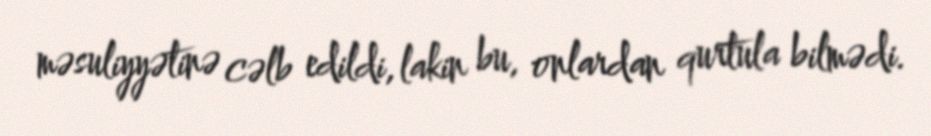
məsuliyyətinə cəlb edildi, lakin bu, onlardan qurtula bilmədi.